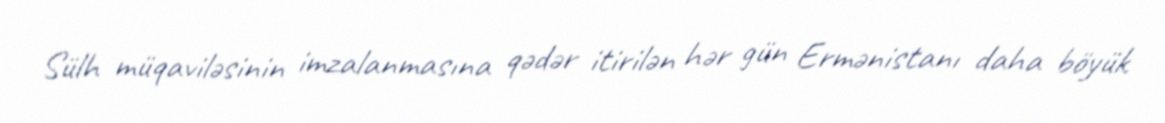
Sülh müqaviləsinin imzalanmasına qədər itirilən hər gün Ermənistanı daha böyük